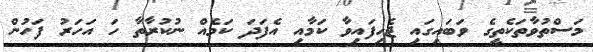
މަސްތުވާތަކެތީގެ ވަބައިގައި ޖެހިފައިވާ ކަމާއި އެފަދަ ކަމެއް ނުކުރާތާ ހަ އަހަރު ފަހުން